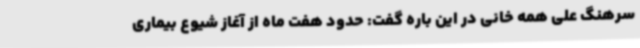
سرهنگ علی همه خانی در این باره گفت: حدود هفت ماه از آغاز شیوع بیماری